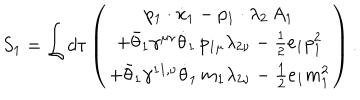
S _ { 1 } = \int d \tau \left( \begin{array} { c } { { p _ { 1 } \cdot \dot { x } _ { 1 } - p _ { 1 } \cdot \lambda _ { 2 } \, A _ { 1 } } } \\ { { + \bar { \theta } _ { 1 } \gamma ^ { \mu \nu } \dot { \theta } _ { 1 } \, p _ { 1 \mu } \lambda _ { 2 \nu } - \frac 1 2 e _ { 1 } p _ { 1 } ^ { 2 } } } \\ { { + \bar { \theta } _ { 1 } \gamma ^ { 1 1 , \nu } \dot { \theta } _ { 1 } \, m _ { 1 } \lambda _ { 2 \nu } - \frac 1 2 e _ { 1 } m _ { 1 } ^ { 2 } } } \\ \end{array} \right) .